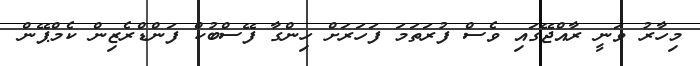
މިހާރު ވަނީ ރާއްޖޭގައި ވެސް ފުރަތަމަ ފަހަރަށް ހިންގާ ފޭސްބުކް ފަންޑްރެޒިން ކެމްޕޭން